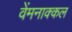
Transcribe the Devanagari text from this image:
वेंमनाक्कल